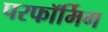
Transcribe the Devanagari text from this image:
परफॉर्मिग